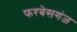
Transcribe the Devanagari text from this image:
फरबेसगंज